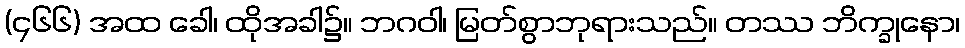
(၄၆၆) အထ ခေါ၊ ထိုအခါ၌။ ဘဂဝါ၊ မြတ်စွာဘုရားသည်။ တဿ ဘိက္ခုနော၊